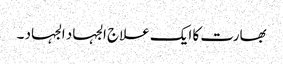
بھارت کا ایک علاج الجہاد الجہاد ۔